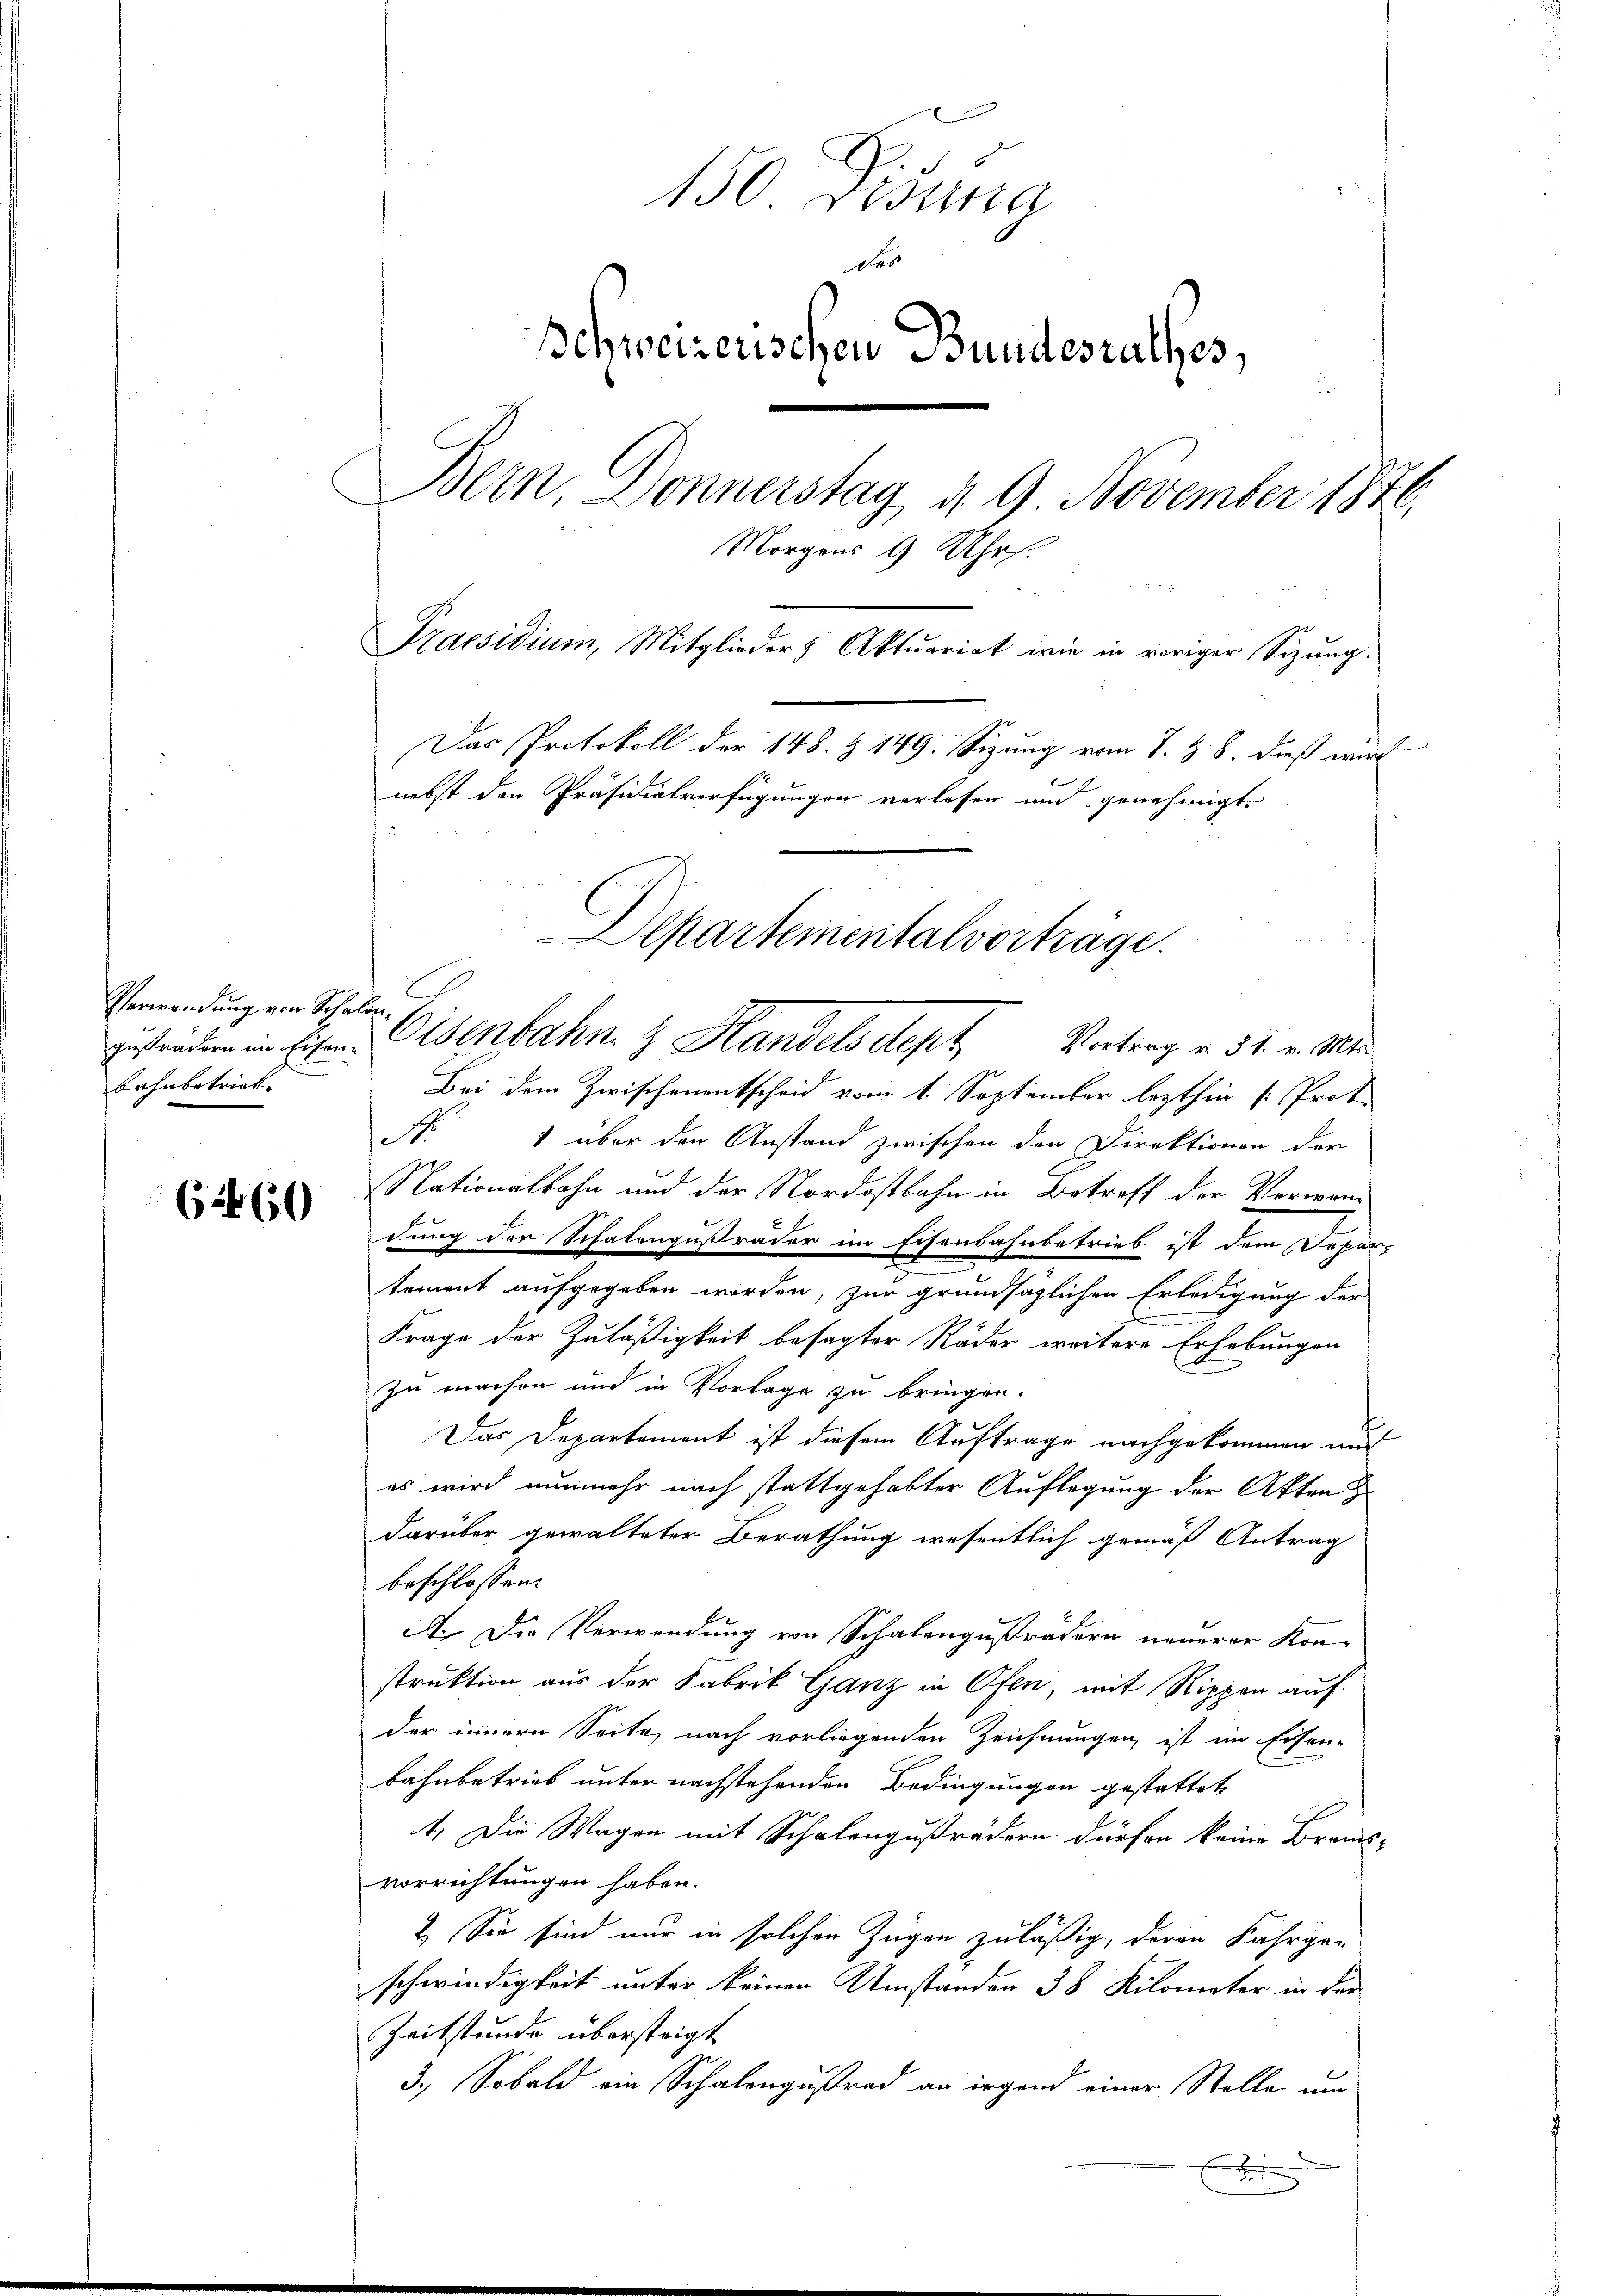
Verwendung von Schalen
gusrädern im Eisenbahnbetriebe

62460

150 redung
des
Schweizerischen Bundesrathes,
Bern Donnerstag d. 9 November 1876
Morg
tt |
A
 Shof.
Praesidium, Mitglieder Aktuariat wie in voriger Sizung.
Das Protokoll der 148. § 149. Sizung vom 7. Z. 8. dieß wird
nebst den Präsidialverfügungen verlesen und genehmigt.

Departementalvorträge.
Eisenbahn & Handels dept Vortrag v. 31. v. Mts.

Bei dem Zwischenentscheid vom 1. September lezthin [Prot
Nr. 1 über den Anstand zwischen den Direktionen der
Nationalbahn und der Nordostbahn in Betroff der Vorwan
dung der Schalengußräder im Eisenbahnbetrieb ist dem Depar-
tement aufgegeben worden, zur grundsätzlichen Erledigung der
.
Frage der Zuläßigkeit besagter Räder weitere Erhebungen
zu machen und in Vorlage zu bringen.
Das Departement ist diesem Auftrage nachgekommen und
es wird nunmehr nach stattgehabter Auflegung der Akten
darüber gewalteter Berathung wesentlich gemäß Antrag
beschlossen:
A. Die Verwendung von Schalengußrädern neuerer Kon-
struktion aus der Fabrik Ganz in Ofen, mit Rippen auf
der innern Seite, nach vorliegenden Zeichnungen, ist im Eisen-
bahnbetrieb unter nachstehenden Bedingungen gestattet
1. Die Wagen mit Schalengußrädern dürfen keine Brands-
vorrichtungen haben.
2. Sie sind nur in solchen Zügen zuläßig, deren Fahrge-
schwindigkeit unter keinen Umständen 38 Kilometer in der
Zeitstände übersteigt
3.) Sobald ein Schalengestrad an irgend einer Stelle um
H